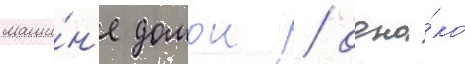
маши́н'е домои / одна́ко